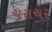
ચરાચર